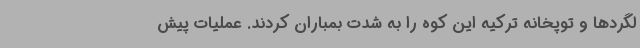
لگردها و توپخانه ترکیه این کوه را به شدت بمباران کردند. عملیات پیش